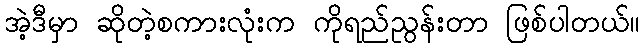
အဲ့ဒီမှာ ဆိုတဲ့စကားလုံးက ကိုရည်ညွန်းတာ ဖြစ်ပါတယ်။